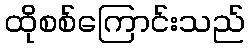
ထိုစစ်ကြောင်းသည်